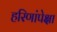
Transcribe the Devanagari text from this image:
हरिणांपेक्षा